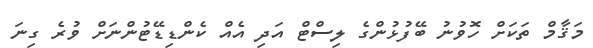
މަޤާމް ތަކަށް ހޮވުނު ބޭފުޅުންގެ ލިސްޓް އަދި އެއް ކެންޑިޑޭޓުންނަށް ވުރެ ގިނަ